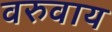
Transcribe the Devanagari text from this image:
वरुवाय